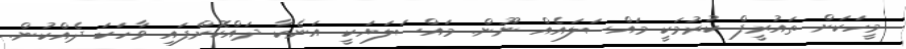
މީހަކަށް ތައުރީފް ކުރުމަކީ މައްސަލައެއް ނޫން. މައްސަލަޔަކީ އަނެކާ ދައްކޮށްފައި ވާހަކަ ދެއްކުން.